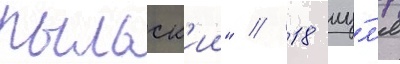
рыльск'ии" // 18 иу́л'я